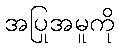
အပြုအမူကို